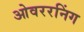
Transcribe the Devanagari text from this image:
ओवररनिंग